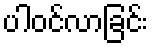
ပါဝင်လာခြင်း